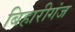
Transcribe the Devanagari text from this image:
बिहारीगंज